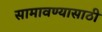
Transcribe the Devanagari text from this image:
सामावण्यासाठी